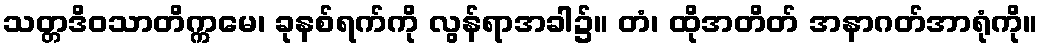
သတ္တဒိဝသာတိက္ကမေ၊ ခုနစ်ရက်ကို လွန်ရာအခါ၌။ တံ၊ ထိုအတိတ် အနာဂတ်အာရုံကို။